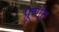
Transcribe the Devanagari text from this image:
पूर्णात